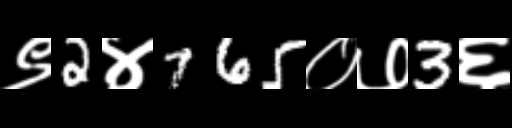
Text: ९2४765०७3६